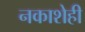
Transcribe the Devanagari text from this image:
नकाशेही